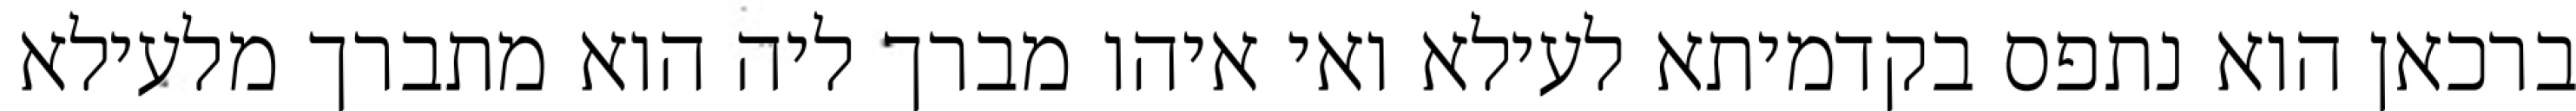
ברכאן הוא נתפס בקדמיתא לעילא ואי איהו מברך ליה הוא מתברך מלעילא